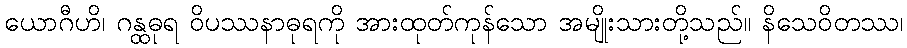
ယောဂီဟိ၊ ဂန္ထဓုရ ဝိပဿနာဓုရကို အားထုတ်ကုန်သော အမျိုးသားတို့သည်။ နိသေဝိတဿ၊